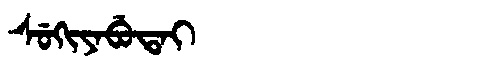
Manchu: ᠰᡠᡴᡳᠶᠠᠪᡠᡨᠠᡳ
Romanization: SUKIYABUTAI